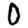
Digit: 0